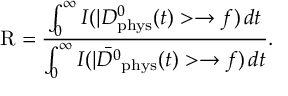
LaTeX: \mathrm { R } = \frac { \int _ { 0 } ^ { \infty } I ( | D _ { \mathrm { p h y s } } ^ { 0 } ( t ) > \to f ) \, d t } { \int _ { 0 } ^ { \infty } I ( | \bar { D ^ { 0 } } _ { \mathrm { p h y s } } ( t ) > \to f ) \, d t } .